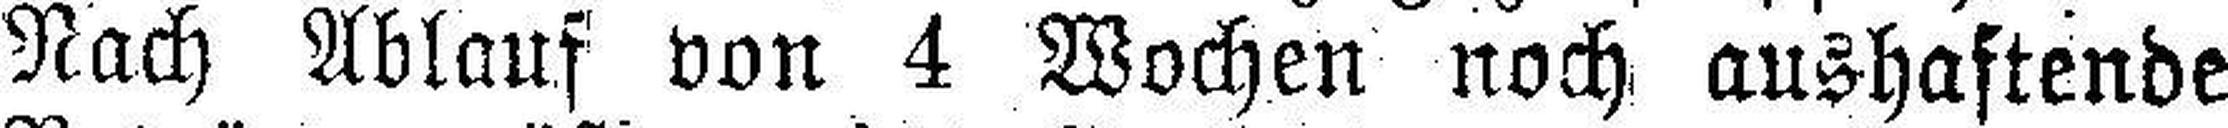
Nach Ablauf von 4 Wochen noch aushaftende